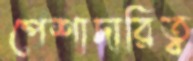
পেশাদারিত্ব